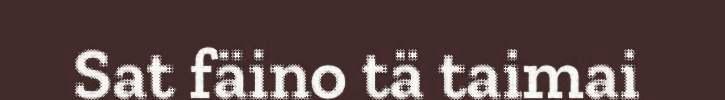
Sat fäino tä taimai